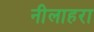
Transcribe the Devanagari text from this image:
नीलाहरा